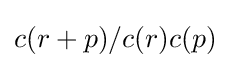
c(r+p)/c(r)c(p)